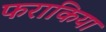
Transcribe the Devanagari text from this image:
फराकिया